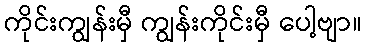
ကိုင်းကျွန်းမှီ ကျွန်းကိုင်းမှီ ပေါ့ဗျာ။